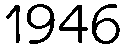
1946